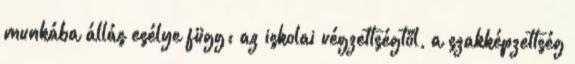
munkába állás esélye függ: az iskolai végzettségtől, a szakképzettség